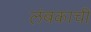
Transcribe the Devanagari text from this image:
लंबकाची